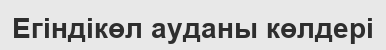
Егіндікөл ауданы көлдері